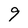
Character: 9